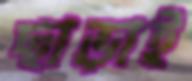
ছাড়াই